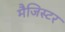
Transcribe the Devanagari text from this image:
मैजिस्टर